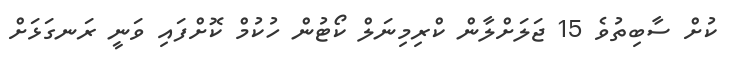
ކުށް ސާބިތުވެ 15 ޖަލަށްލާން ކްރިމިނަލް ކޯޓުން ހުކުމް ކޮށްފައި ވަނީ ރަނގަޅަށް